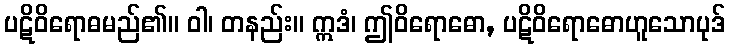
ပဋိဝိရောဓမည်၏။ ဝါ၊ တနည်း။ ဣဒံ၊ ဤဝိရောဓော, ပဋိဝိရောဓောဟူသောပုဒ်